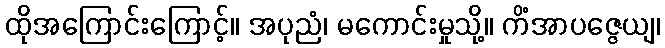
ထိုအကြောင်းကြောင့်။ အပုညံ၊ မကောင်းမှုသို့။ ကိံအာပဇ္ဇေယျ၊